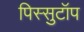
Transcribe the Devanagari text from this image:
पिस्सुटॉप